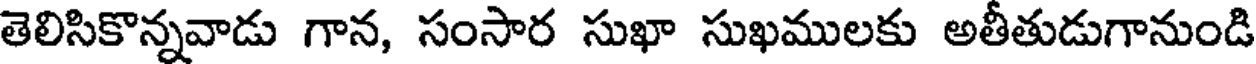
తెలిసికొన్నవాడు గాన, సంసార సుఖా సుఖములకు అతీతుడుగానుండి